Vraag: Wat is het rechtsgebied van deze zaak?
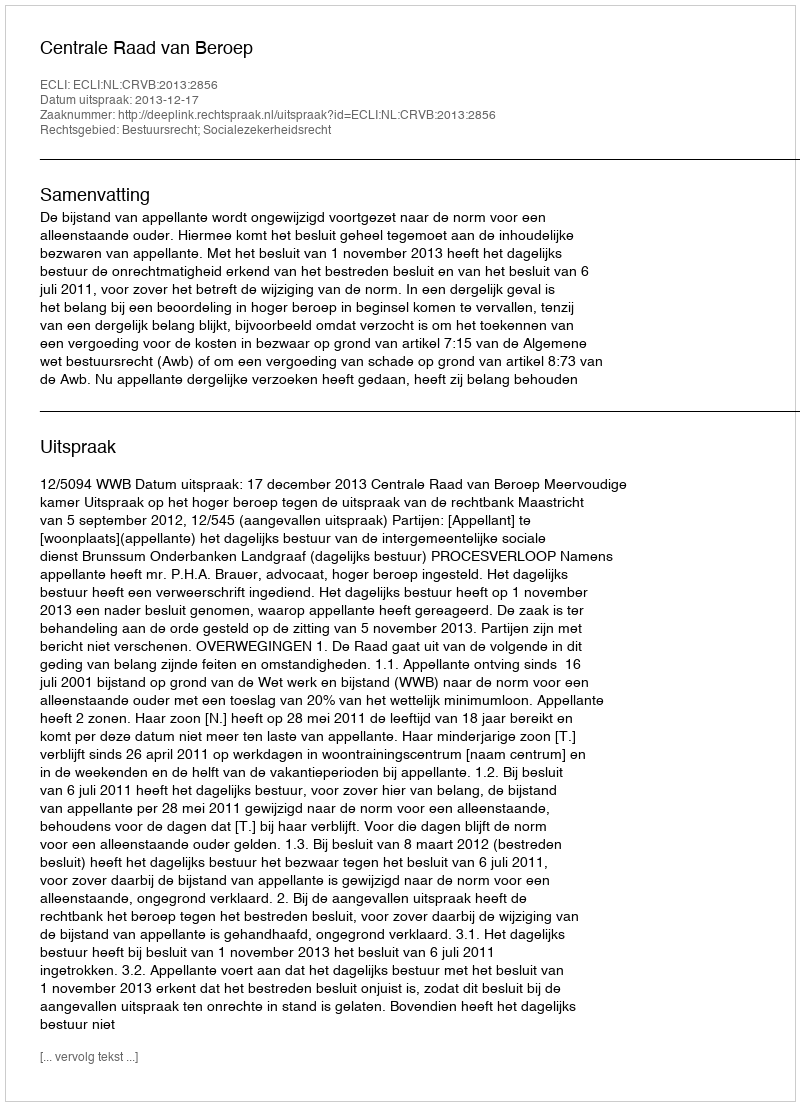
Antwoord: Bestuursrecht; Socialezekerheidsrecht